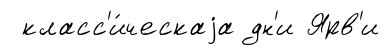
класс'и́ческаjа дн'и Ярв'и